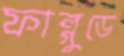
ফাল্গুডে